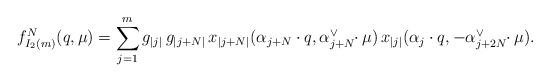
\begin{align*} f_{I_{2}(m)}^{N}(q,\mu)=\sum_{j=1}^{m}g_{|j|}\,g_{|j+N|}\,x_{|j+N|} (\alpha_{j+N}\cdot q,\alpha_{j+N}^{\vee}\!\!\cdot\mu)\,x_{|j|}(\alpha_{j}\cdot q,-\alpha_{j+2N}^{\vee}\!\!\cdot\mu).\end{align*}